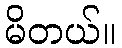
မိတယ်။